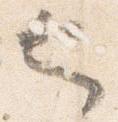
也